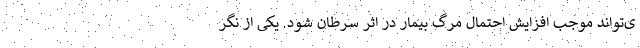
ی‌تواند موجب افزایش احتمال مرگ بیمار در اثر سرطان شود. یکی از نگر